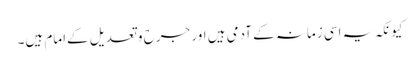
کیونکہ یہ اسی زمانہ کے آدمی ہیں اور جرح و تعدیل کےامام ہیں۔